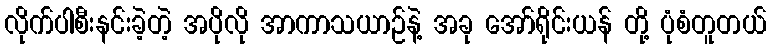
လိုက်ပါစီးနင်းခဲ့တဲ့ အပိုလို အာကာသယာဉ်နဲ့ အခု အော်ရိုင်းယန် တို့ ပုံစံတူတယ်